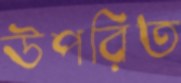
উপরিত